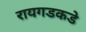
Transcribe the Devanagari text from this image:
रायगडकडे